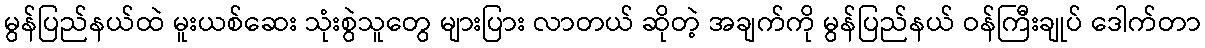
မွန်ပြည်နယ်ထဲ မူးယစ်ဆေး သုံးစွဲသူတွေ များပြား လာတယ် ဆိုတဲ့ အချက်ကို မွန်ပြည်နယ် ဝန်ကြီးချုပ် ဒေါက်တာ